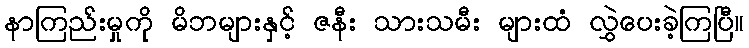
နာကြည်းမှုကို မိဘများနှင့် ဇနီး သားသမီး များထံ လွှဲပေးခဲ့ကြပြီ။